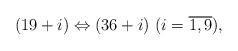
LaTeX: \begin{align*}(19+i)\Leftrightarrow (36+i) \ (i=\overline{1,9}),\end{align*}